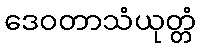
ဒေဝတာသံယုတ္တံ